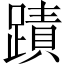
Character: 蹟